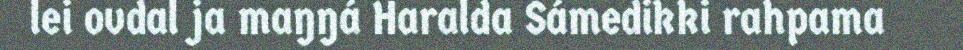
lei ovdal ja maŋŋá Haralda Sámedikki rahpama